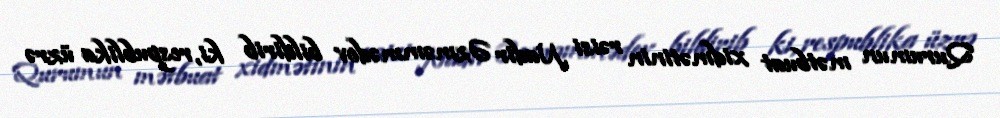
Qurumun mətbuat xidmətinin rəisi Nadir Əzməmmədov bildirib ki, respublika üzrə